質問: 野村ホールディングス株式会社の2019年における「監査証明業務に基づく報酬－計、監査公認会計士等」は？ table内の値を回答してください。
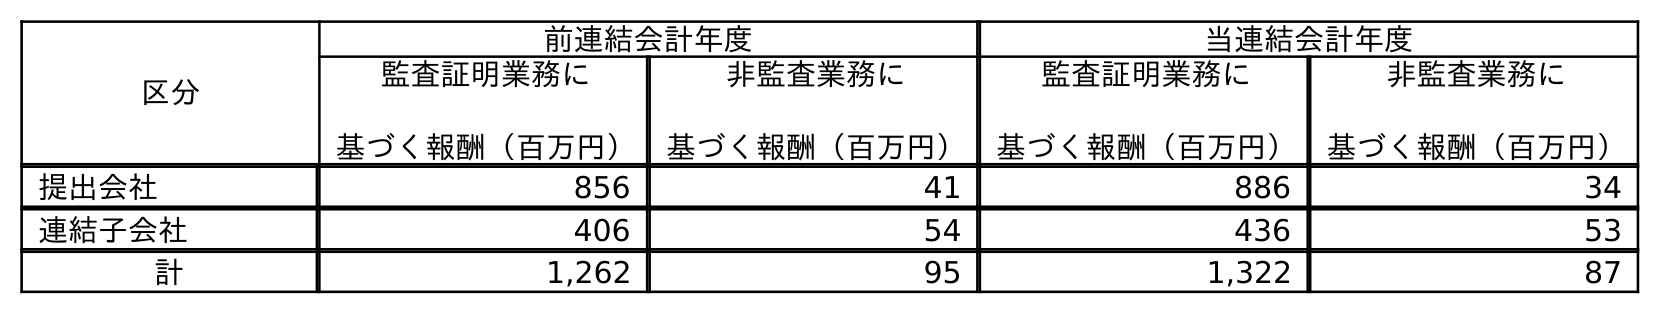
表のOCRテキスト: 区分 前連結会計年度 当連結会計年度 監査証明業務に 基づく報酬（百万円） 非監査業務に 基づく報酬（百万円） 監査証明業務に 基づく報酬（百万円） 非監査業務に 基づく報酬（百万円） 提出会社 856 41 886 34 連結子会社 406 54 436 53 計 1,262 95 1,322 87
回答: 1,262